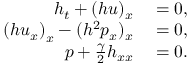
\begin{array} { r l } { h _ { t } + ( h u ) _ { x } } & { { } = 0 , } \\ { \left( h u _ { x } \right) _ { x } - ( h ^ { 2 } p _ { x } ) _ { x } } & { { } = 0 , } \\ { p + \frac { \gamma } { 2 } h _ { x x } } & { { } = 0 . } \end{array}